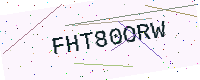
Text: FHT80ORW